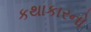
કથાકારનો